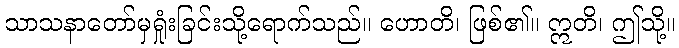
သာသနာတော်မှရှုံးခြင်းသို့ရောက်သည်။ ဟောတိ၊ ဖြစ်၏။ ဣတိ၊ ဤသို့။